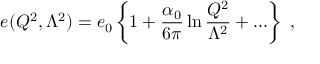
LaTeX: e ( Q ^ { 2 } , \Lambda ^ { 2 } ) = e _ { 0 } \left\{ 1 + \frac { \alpha _ { 0 } } { 6 \pi } \ln \frac { Q ^ { 2 } } { \Lambda ^ { 2 } } + . . . \right\} ~ ,